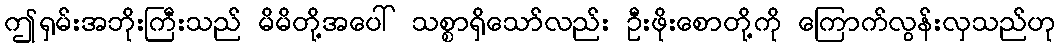
ဤရှမ်းအဘိုးကြီးသည် မိမိတို့အပေါ် သစ္စာရှိသော်လည်း ဦးဖိုးစောတို့ကို ကြောက်လွန်းလှသည်ဟု